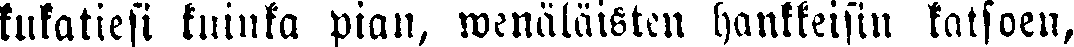
kukatiesi kuinka pian, wenäläisten hankkeisin katsoen,